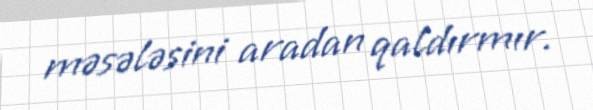
məsələsini aradan qaldırmır.